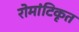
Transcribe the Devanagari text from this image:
रोमांटिकृत